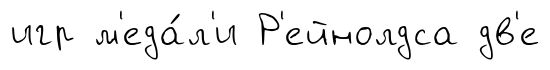
игр м'еда́л'и Р'ейнолдса дв'е